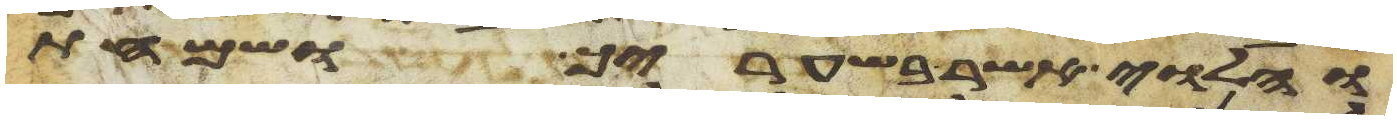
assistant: והלוי אשר בשעריך ושמחת